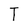
Character: T